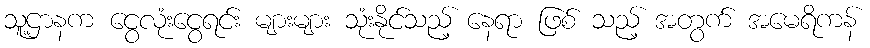
သူ့ဌာနက ငွေလုံးငွေရင်း များများ သုံးနိုင်သည့် နေရာ ဖြစ် သည့် အတွက် အမေရိကန်